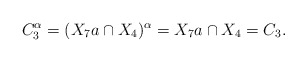
\begin{align*}C_3^{\alpha}=(X_7a\cap X_4)^{\alpha}=X_7a\cap X_4=C_3.\end{align*}